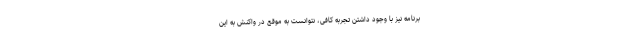
برنامه نیز با وجود داشتن تجربه کافى، نتوانست به موقع در واکنش به این